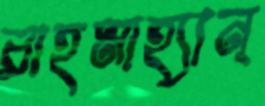
রাহমাহ্যান্